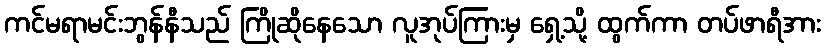
ကင်မရာမင်းဘွန်နီသည် ကြိုဆိုနေသော လူအုပ်ကြားမှ ရှေ့သို့ ထွက်ကာ တပ်ဖာရီအား